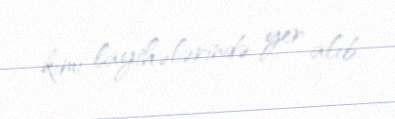
kimi layihələrində yer alıb.